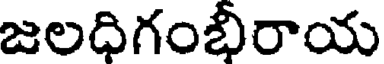
జలధిగంభీరాయ